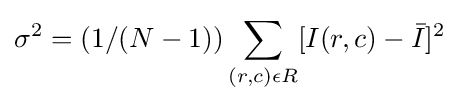
\sigma ^{2}=(1/(N-1))\sum _{(r,c)\epsilon R}[I(r,c)-{\bar {I}}]^{2}